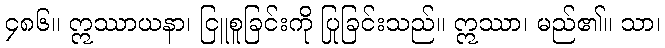
၄၈၆။ ဣဿာယနာ၊ ငြူစူခြင်းကို ပြုခြင်းသည်။ ဣဿာ၊ မည်၏။ သာ၊